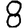
Digit: 8